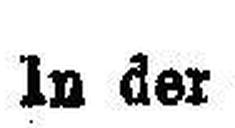
In der